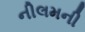
નીલમની